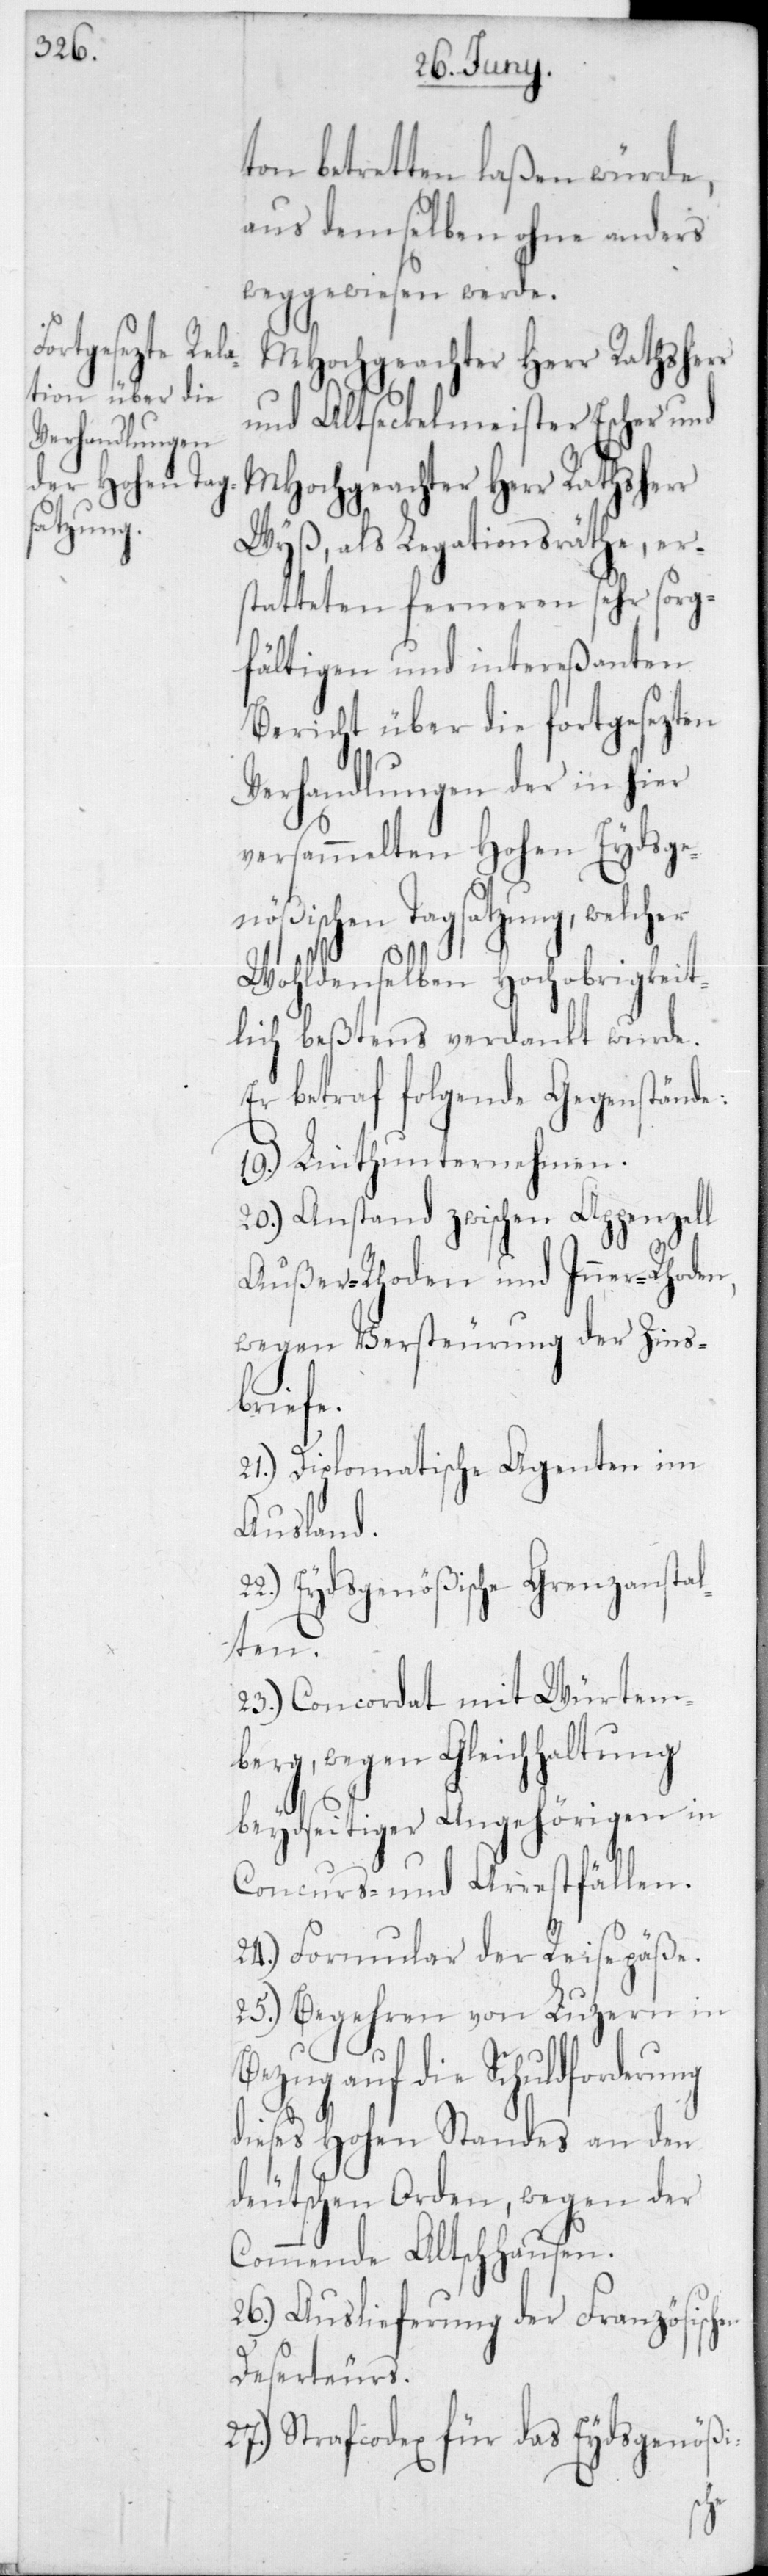
ton betretten laßen würde,
aus demselben ohne anders
weggewiesen werde.
MHochgeachter Herr Rathsherr
und Altseckelmeister Escher und
Wyß, als Legationsräthe, er¬
statteten ferneren sehr sorg¬
fältigen und intereßanten
Bericht über die fortgesezten
Verhandlungen der in hier
versammelten Hohen Eydsge¬
nößischen Tagsatzung, welcher
wohldenselben hochobrigkeit¬
lich beßtens verdankt wurde.
Er betraf folgende Gegenstände:
19.) Linthunternehmen.
20.) Anstand zwischen Appenzell
Außer-Rhoden und Inner-Rhoden,
wegen Versteurung der Zins¬
briefe.
21.) Diplomatische Agenten im
Ausland.
Eydsgenößische Grenzanstal¬
hen
23.) Concordat mit Würtem¬
berg, wegen Gleichhaltung
beydseitiger Angehörigen in
Concurs- und Arrestfällen.
24.) Formular der Reisepäße.
25.) Begehren von Luzern in
Schuldforderung
dieses Hohen Standes an den
deutschen Orden, wegen der
Commende Altschhausen.
26.) Auslieferung der Französisc¬
Deserteurs.
27.) Strafcodex für das Eydsgenößi-